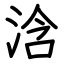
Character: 浛